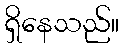
ရှိနေသည်။